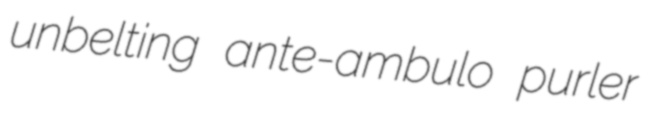
unbelting ante-ambulo purler